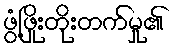
ဖွံ့ဖြိုးတိုးတက်မှု၏